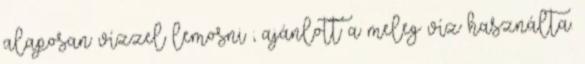
alaposan vízzel lemosni ; ajánlott a meleg víz használta.